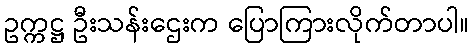
ဥက္ကဋ္ဌ ဦးသန်းဌေးက ပြောကြားလိုက်တာပါ။